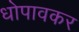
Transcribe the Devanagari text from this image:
धोपावकर